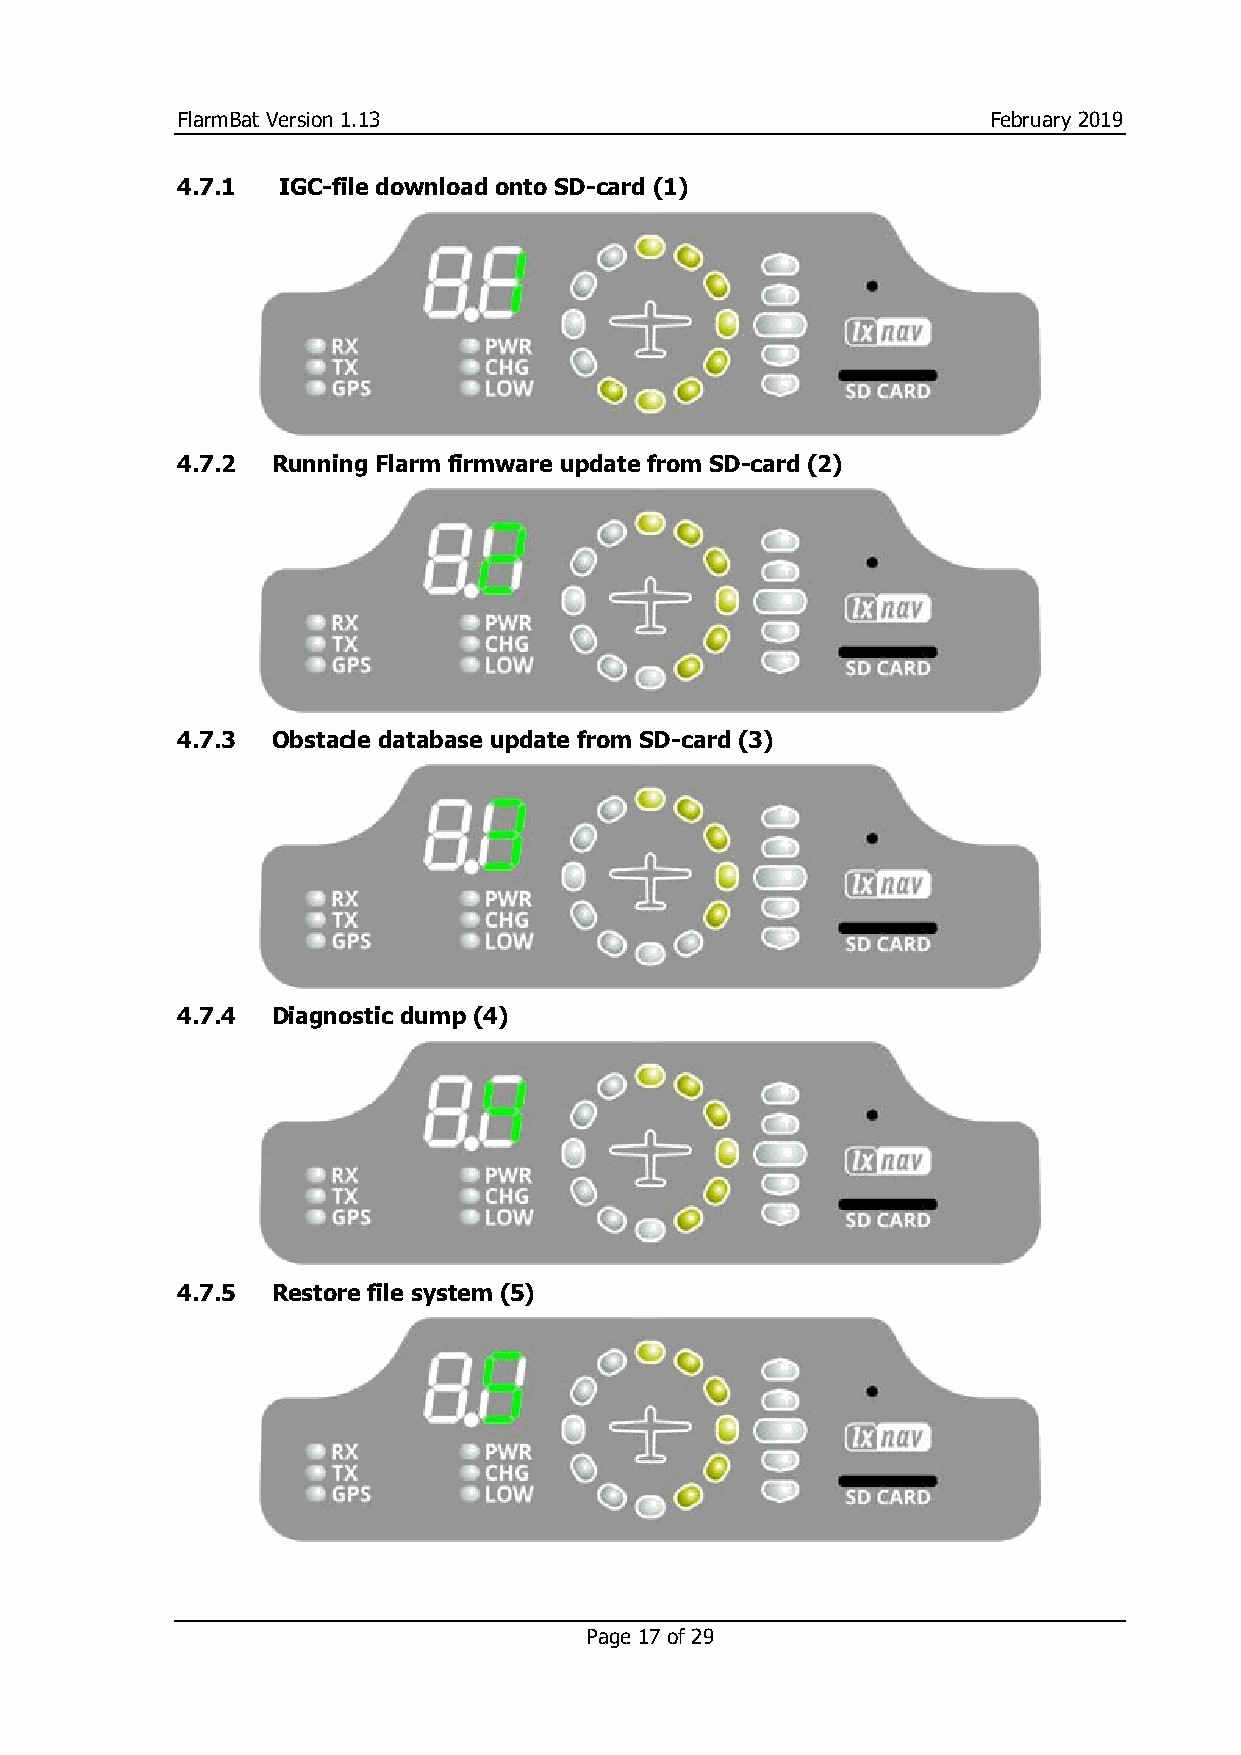
FlarmBat Version 1.13                                February 2019
 4.7.1 IGC-file download onto SD-card (1)
 4.7.2 Running Flarm firmware update from SD-card (2)
 4.7.3 Obstacle database update from SD-card (3)
 4.7.4 Diagnostic dump (4)
 4.7.5 Restore file system (5)
 Page 17 of 29